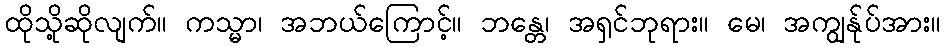
ထိုသို့ဆိုလျက်။ ကသ္မာ၊ အဘယ်ကြောင့်။ ဘန္တေ၊ အရှင်ဘုရား။ မေ၊ အကျွန်ုပ်အား။